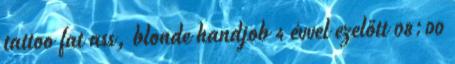
tattoo fat ass, blonde handjob 4 évvel ezelőtt 08:00